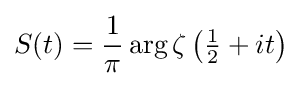
S(t)={\frac {1}{\pi }}\arg {\zeta \left({\tfrac {1}{2}}+it\right)}